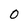
Character: 0